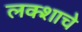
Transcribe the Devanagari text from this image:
लक्शाचे